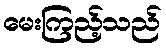
မေးကြည့်သည်